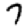
Digit: 7